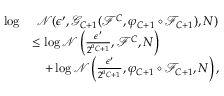
\begin{array} { r l } { \log } & { \ \mathcal { N } ( \epsilon ^ { \prime } , \mathcal { G } _ { C + 1 } ( \mathcal { F } ^ { C } , \varphi _ { C + 1 } \circ \mathcal { F } _ { C + 1 } ) , N ) } \\ & { \leq \log \mathcal { N } \left( \frac { \epsilon ^ { \prime } } { 2 ^ { a _ { C + 1 } } } , \mathcal { F } ^ { C } , N \right) } \\ & { \quad + \log \mathcal { N } \left( \frac { \epsilon ^ { \prime } } { 2 ^ { a _ { C + 1 } } } , \varphi _ { C + 1 } \circ \mathcal { F } _ { C + 1 } , N \right) , } \end{array}